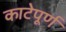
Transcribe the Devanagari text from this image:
काटेपूर्ण